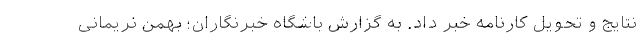
نتایج و تحویل کارنامه خبر داد. به گزارش باشگاه خبرنگاران؛ بهمن نریمانی